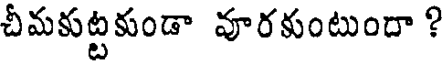
చీమకుట్టకుండా వూరకుంటుందా ?